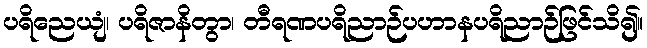
ပရိညေယျံ၊ ပရိဇာနိတွာ၊ တီရဏပရိညာဉ်ပဟာနပရိညာဉ်ဖြင်သိ၍။